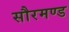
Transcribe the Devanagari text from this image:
सौरमण्ड